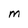
Character: M